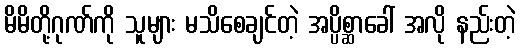
မိမိတို့ဂုဏ်ကို သူများ မသိစေချင်တဲ့ အပ္ပိစ္ဆာခေါ် အလို နည်းတဲ့